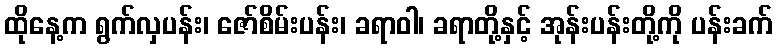
ထိုနေ့က ရွက်လှပန်း၊ ဇော်စိမ်းပန်း၊ ခရာဝါ၊ ခရာတို့နှင့် အုန်းပန်းတို့ကို ပန်းခက်